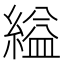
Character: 縊